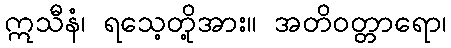
ဣသီနံ၊ ရသေ့တို့အား။ အတိဝတ္တာရော၊